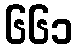
၆၆၁